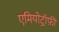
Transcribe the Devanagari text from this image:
एमियोट्रॉफ़ी